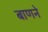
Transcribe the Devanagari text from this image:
बाणने